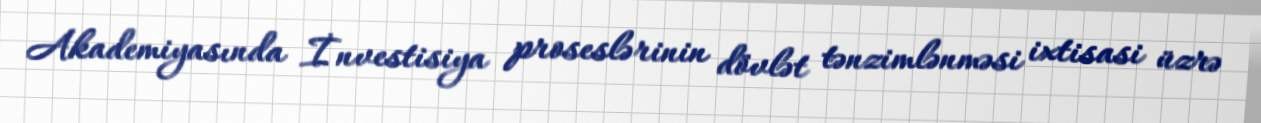
Akademiyasında İnvestisiya proseslərinin dövlət tənzimlənməsi ixtisasi üzrə